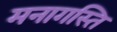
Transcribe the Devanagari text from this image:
मनागस्ति